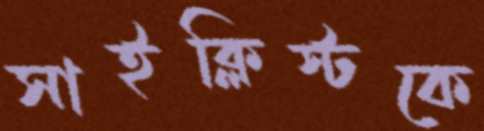
সাইক্লিস্টকে